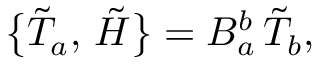
\bigl \{ \tilde { T } _ { a } , \, \tilde { H } \bigr \} = B _ { a } ^ { b } \, \tilde { T } _ { b } ,